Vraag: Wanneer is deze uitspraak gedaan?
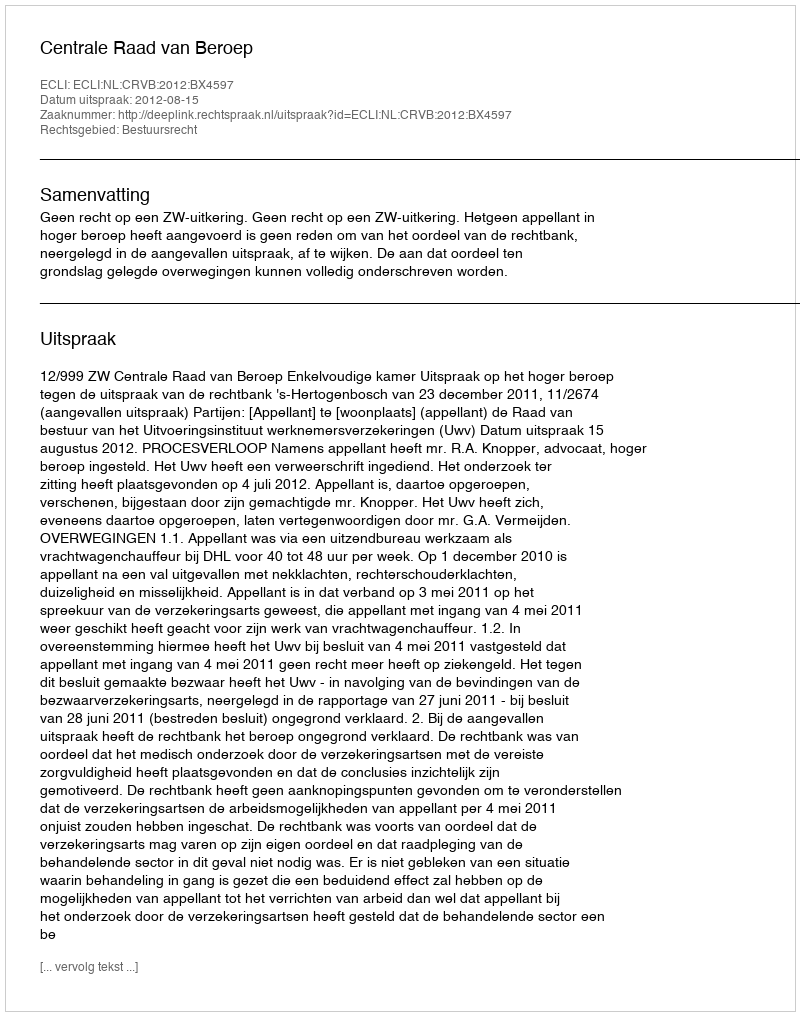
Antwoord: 2012-08-15